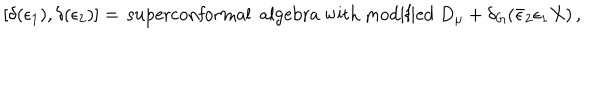
LaTeX: \left[ \delta ( \epsilon _ { 1 } ) , \delta ( \epsilon _ { 2 } ) \right] = \, \mathrm { s u p e r c o n f o r m a l ~ a l g e b r a ~ w i t h ~ m o d i f i e d ~ } D _ { \mu } + \delta _ { G } ( \bar { \epsilon } _ { 2 } \epsilon _ { 1 } X ) \, ,